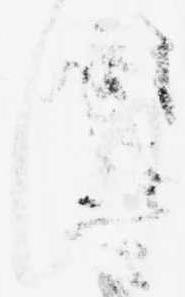
ほ